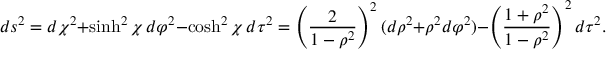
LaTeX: d s ^ { 2 } = d \chi ^ { 2 } + \sinh ^ { 2 } \chi \, d \varphi ^ { 2 } - \cosh ^ { 2 } \chi \, d \tau ^ { 2 } = \left( { \frac { 2 } { 1 - \rho ^ { 2 } } } \right) ^ { 2 } ( d \rho ^ { 2 } + \rho ^ { 2 } d \varphi ^ { 2 } ) - \left( { \frac { 1 + \rho ^ { 2 } } { 1 - \rho ^ { 2 } } } \right) ^ { 2 } d \tau ^ { 2 } .